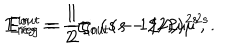
LaTeX: E _ { r e g } ^ { i n } = \frac { 1 } { 2 } \zeta _ { i n } ( s - 1 / 2 ) \mu ^ { 2 s } , \hspace { 1 c m } E _ { r e g } ^ { o u t } = \frac { 1 } { 2 } \zeta _ { o u t } ( s - 1 / 2 ) \mu ^ { 2 s } .